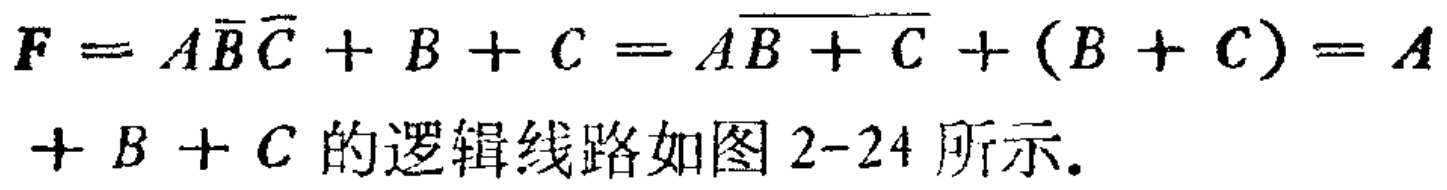
\(F = A\overline{B}\overline{C}+B + C=A\overline{B + C}+(B + C)=A + B + C\)的逻辑线路如图2-24所示。